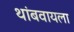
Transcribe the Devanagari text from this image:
थांबवायला